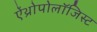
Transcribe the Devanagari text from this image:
ऐंथ्रोपोलॉजिस्ट